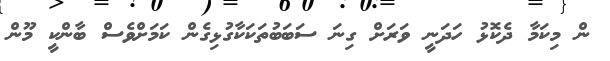
ން މިކަމާ ދެކޮޅު ހަދަނީ ވަރަށް ގިނަ ސަބަބުތަކަކާގުޅިގެން ކަމަށްވެސް ބާންކީ މޫން